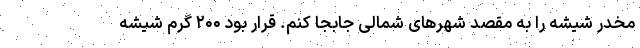
مخدر شیشه را به مقصد شهرهای شمالی جابجا کنم. قرار بود ۲۰۰ گرم شیشه